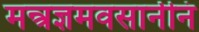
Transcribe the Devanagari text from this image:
मन्त्रज्ञमवसानीनं